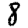
Digit: 8